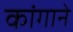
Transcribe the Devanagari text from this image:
कांगाने